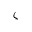
\zeta